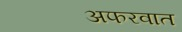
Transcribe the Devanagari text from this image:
अफरवात